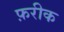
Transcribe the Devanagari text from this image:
फ़रीक